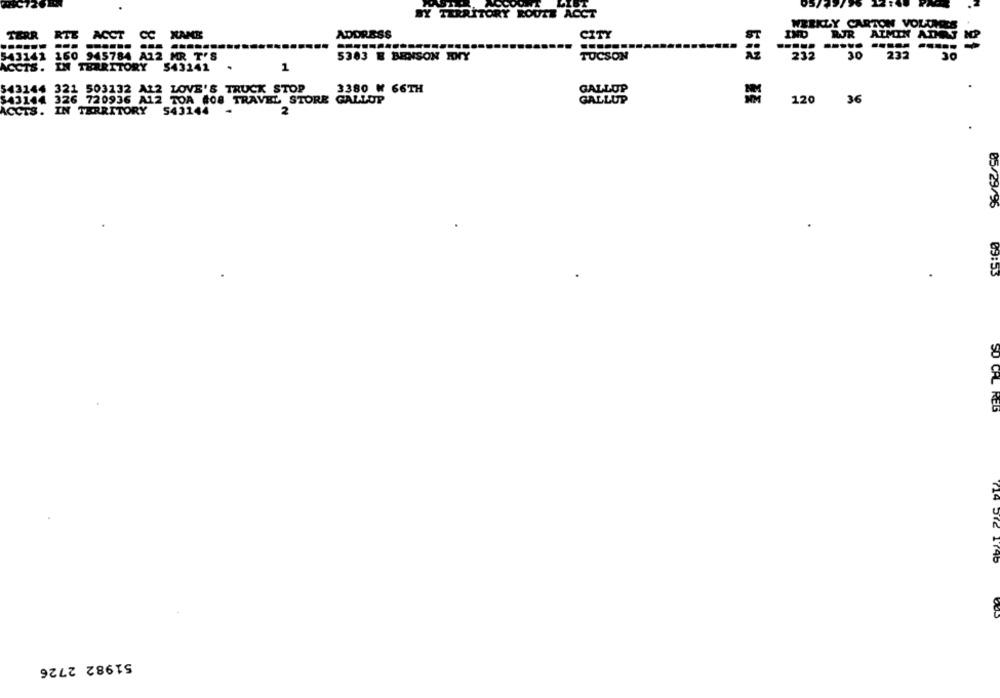
BY TERRITORY ROUTE ACCT
RTE ACCT CC XANE
ADDRESS
CITY
ATMIN ADRY N
TERR
543141
160 945784 A12 MR T'S
232
5383 E BENSON FONTY
TUCSON
30
ACCTS. IN TERRITORY 543241
.
1
543144 321 503132 A12 LOVE'S TRUCK STOP
3380 W 66TH
GALLUP
$43144 326 720936 A12 TOA #08 TRAVEL STORE GALLUP
GALLUP
=
ACCTS. IN TERRITORY
543144
2
120 36
05/29/96
09:53
SO CAL REG
51982 2726